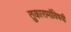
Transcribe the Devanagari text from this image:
तुकारामांविषयी